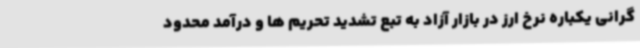
گرانی یکباره نرخ ارز در بازار آزاد به تبع تشدید تحریم ها و درآمد محدود